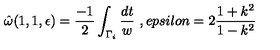
\hat { \omega } ( 1 , 1 , \epsilon ) = \frac { - 1 } { 2 } \int _ { \Gamma _ { i } } \frac { d t } { w } \ , e p s i l o n = 2 \frac { 1 + k ^ { 2 } } { 1 - k ^ { 2 } }